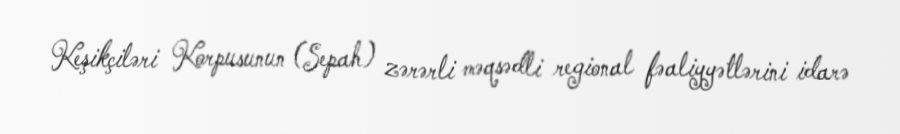
Keşikçiləri Korpusunun (Sepah) zərərli məqsədli regional fəaliyyətlərini idarə